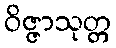
ဝိဇ္ဇာသုတ္တ